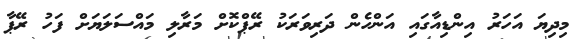
މިދިޔަ އަހަރު އިންޑިއާގައި އަންހެން ދަރިވަރަކު ރޭޕްކޮށް މަރާލި މައްސަލަޔަށް ފަހު ރޭޕާ